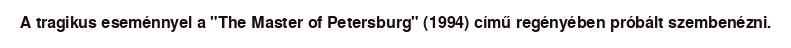
A tragikus eseménnyel a "The Master of Petersburg" (1994) című regényében próbált szembenézni.